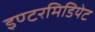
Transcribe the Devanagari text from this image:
इण्टरमिडियेट